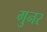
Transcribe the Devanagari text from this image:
गुनर